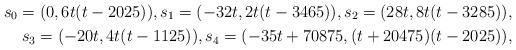
LaTeX: \begin{align*} s_0=(0,6t(t-2025)), s_1=(-32t, 2t(t-3465)), s_2=(28t, 8t(t-3285)), \\ s_3=(-20t, 4t(t-1125)),s_4=(-35t+70875, (t+20475)(t-2025)), \end{align*}